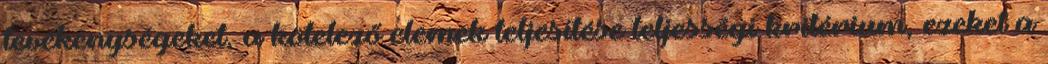
tevékenységeket, a kötelező elemek teljesítése teljességi kritérium, ezeket a